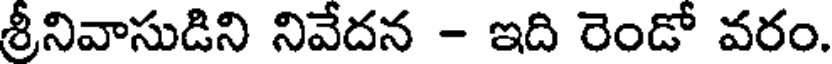
శ్రీనివాసుడిని నివేదన - ఇది రెండో వరం.